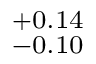
^ { + 0 . 1 4 } _ { - 0 . 1 0 }